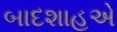
બાદશાહએ